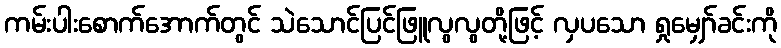
ကမ်းပါးစောက်အောက်တွင် သဲသောင်ပြင်ဖြူလွလွတို့ဖြင့် လှပသော ရှုမျှော်ခင်းကို